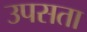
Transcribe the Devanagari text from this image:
उपसता